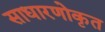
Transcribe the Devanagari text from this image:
साधारणोकृत